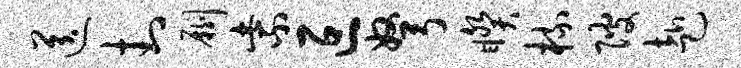
送封劂紫叵弩睽梳陂赴